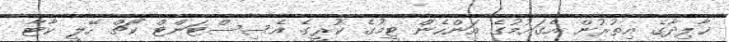
ޚާލިދާގެ އިތުރުން އެގައުމުގެ އަންހެން ޓީމުގެ ކުރީގެ އެސިސްޓަންޓް ކޯޗް ހޭލީ ކާޓާ